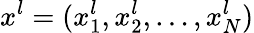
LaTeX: x^{l}=(x_{1}^{l},x_{2}^{l},\dots,x_{N}^{l})